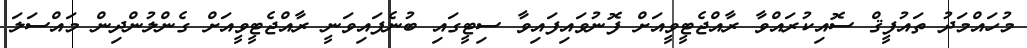
މުހައްމަދު ތައުފީޤް ސޮއިކުރައްވާ ރާއްޖެޓީވީއަށް ފޮނުވައިފައިވާ ސިޓީގައި ބުނެފައިވަނީ ރާއްޖެޓީވީއަށް ގެންލުންދިން މައްސަލަ